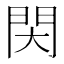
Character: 𨳓